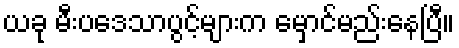
ယခု မီးပဒေသာပွင့်များက မှောင်မည်းနေပြီ။